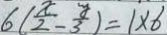
6 ( \frac { x } { 2 } - \frac { y } { 3 } ) = 1 \times 6